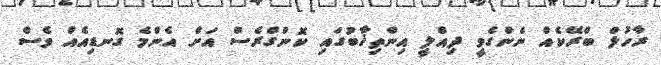
ރާހުލް ބްރޭކެއް ނެންގެވީ ދިއްލީ އިންތިޚާބުގައި ކޮންގްރެސް އަށް އެންމެ ގޮނޑިއެއް ވެސް